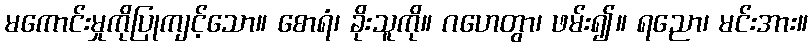
မကောင်းမှုကိုပြုကျင့်သော။ စောရံ၊ ခိုးသူကို။ ဂဟေတွာ၊ ဖမ်း၍။ ရညော၊ မင်းအား။